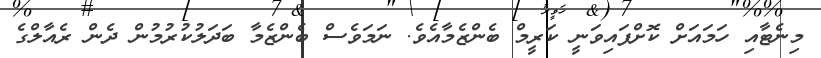
މިނެޓާއި ހަމައަށް ކޮށްފައިވަނީ ކަރީމް ބެންޒެމާއެވެ. ނަމަވެސް ބެންޒެމާ ބަދަލުކުރުމުން ދެން ރެއާލްގެ